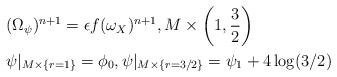
LaTeX: \begin{align*} &(\Omega_\psi)^{n+1}=\epsilon f (\omega_X)^{n+1}, M\times \left(1, \frac{3}{2}\right)\\ &\psi|_{M\times \{r=1\}}=\phi_0, \psi|_{M\times \{r=3/2\}}=\psi_1+4\log(3/2) \end{align*}